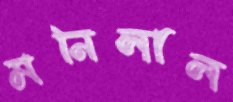
মনিলাল